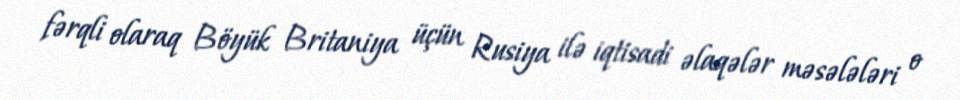
fərqli olaraq Böyük Britaniya üçün Rusiya ilə iqtisadi əlaqələr məsələləri o